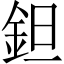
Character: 鉭